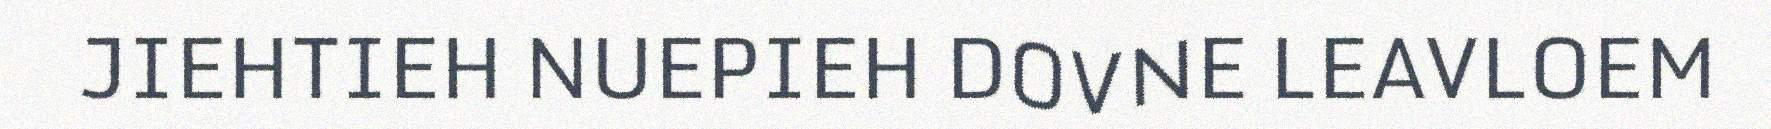
JIEHTIEH NUEPIEH DOVNE LEAVLOEM